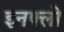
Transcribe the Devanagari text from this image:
इनफ्लो